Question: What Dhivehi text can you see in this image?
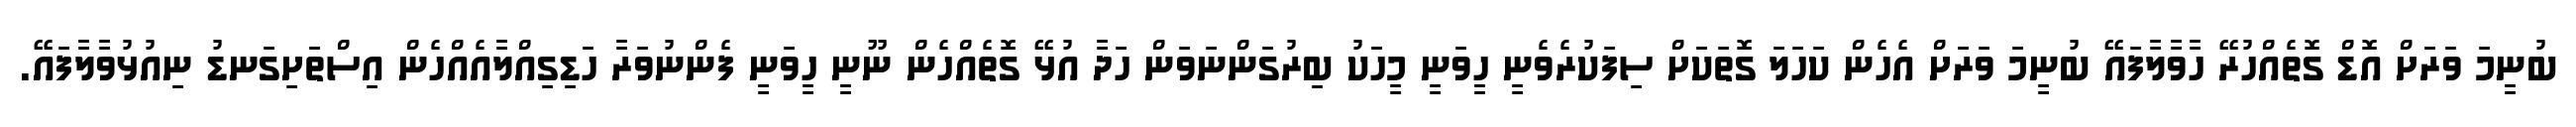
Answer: ބުނީމަ ވަރަށް އޮޑް ގޮތެއްހުރޭ ހާވާލާފައޭ ބުނީމަ ވަރަށް އެހެން ކަހަލަ ގޮތަކަށް ސިފަކުރެވެނީ ހީވަނީ މީހަކު ބިރުގަންނަވަން ހަދާ އުޅޭ ގޮތެއްހެން ނޫނީ ހީވަނީ ފެންނުވަރާ ހަޑިގިއްލާއެއްހެން އިސްތަށިގަނޑު ނިއުޅުވާލާފައޭ.